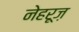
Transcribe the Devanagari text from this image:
नेहरूज़